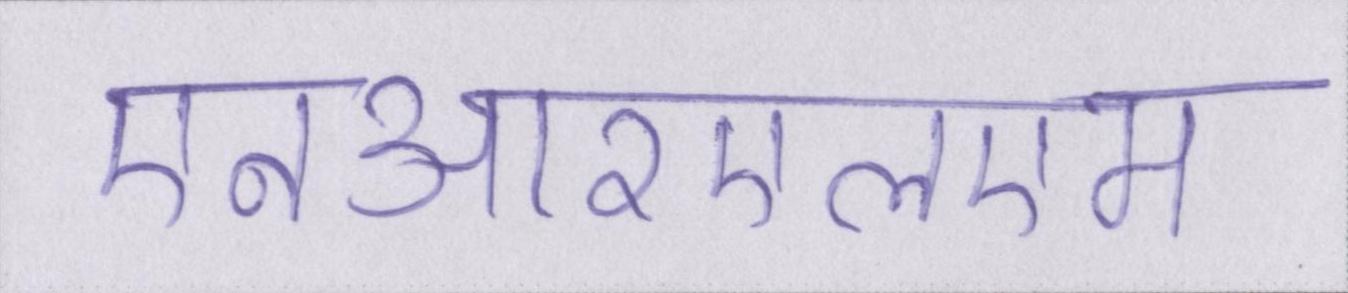
एनआरएलएम